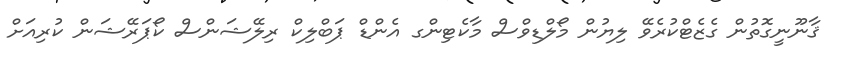
ޤާނޫނީގޮތުން ގެޒެޓްކުރެވޭ ލިޔުން މޯލްޑިވްސް މާކެޓިންގ އެންޑް ޕަބްލިކް ރިލޭޝަންސް ކޯޕަރޭޝަން ކުރިއަށް